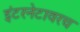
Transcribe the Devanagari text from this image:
इंटरनेटावरच